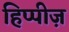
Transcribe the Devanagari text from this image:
हिप्पीज़